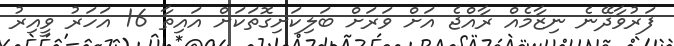
ފަރުވާދޭނެ ނިޒާމެއް ރާއްޖެ އަށް ވަރަށް ބަލިކަށިގޮތަކަށް އައިތާ 16 އަހަރު ވީއިރު